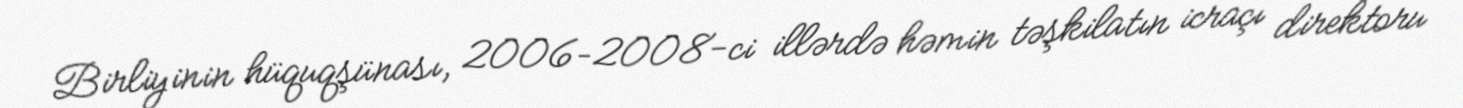
Birliyinin hüquqşünası, 2006–2008-ci illərdə həmin təşkilatın icraçı direktoru